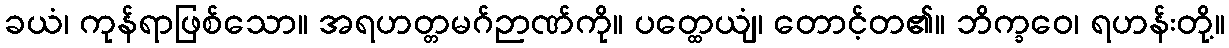
ခယံ၊ ကုန်ရာဖြစ်သော။ အရဟတ္တမဂ်ဉာဏ်ကို။ ပတ္ထေယျံ၊ တောင့်တ၏။ ဘိက္ခဝေ၊ ရဟန်းတို့။